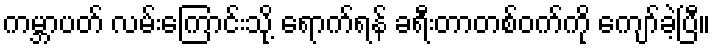
ကမ္ဘာပတ် လမ်းကြောင်းသို့ ရောက်ရန် ခရီးတာတစ်ဝက်ကို ကျော်ခဲ့ပြီ။